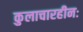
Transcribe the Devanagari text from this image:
कुलाचारहीनः